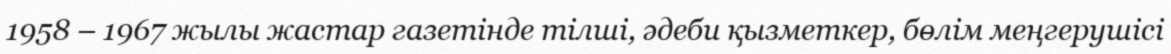
1958 – 1967 жылы жастар газетінде тілші, әдеби қызметкер, бөлім меңгерушісі